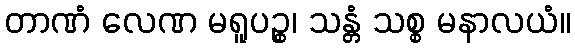
တာဏံ လေဏ မရူပဉ္စ၊ သန္တံ သစ္စ မနာလယံ။